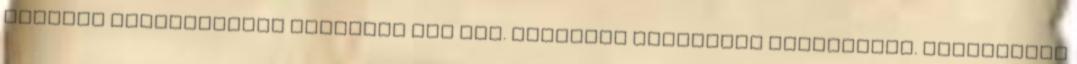
gyorsan elkészíthető fogásról van szó. Ráadásul szerintem csodafinom. Hozzávalók